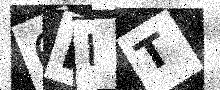
Text: 6HIT